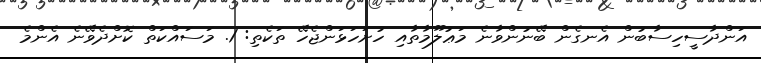
އަންދާސީހިސާބުން އެނގެން ބޭނުންވާނެ މަޢުލޫމާތާއި ހުށަހަޅަންޖެހޭ ތަކެތި: 1. މަސައްކަތް ކޮށްދެވޭނެ އެންމެ